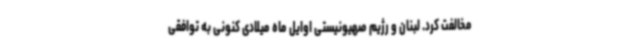
مخالفت کرد. لبنان و رژیم صهیونیستی اوایل ماه میلادی کنونی به توافقی